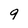
Character: 9